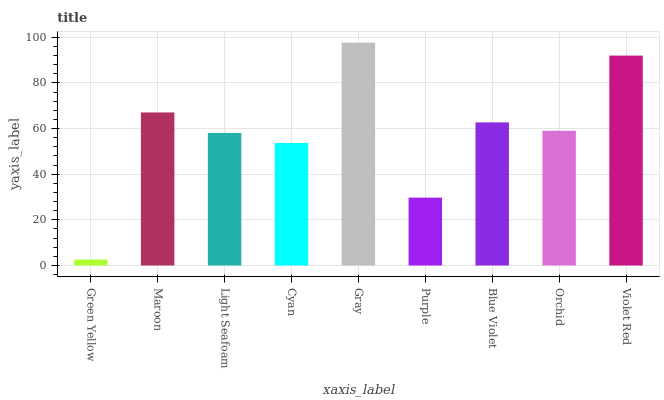
| xaxis_label | bars |
 | --- | --- |
 | Green Yellow | 2.61 |
 | Maroon | 67.1 |
 | Light Seafoam | 58.1 |
 | Cyan | 53.7 |
 | Gray | 97.6 |
 | Purple | 29.7 |
 | Blue Violet | 62.7 |
 | Orchid | 59 |
 | Violet Red | 92 |